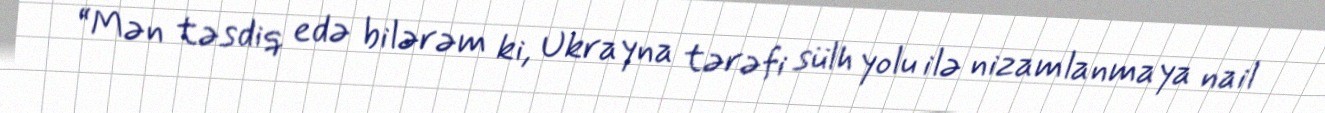
“Mən təsdiq edə bilərəm ki, Ukrayna tərəfi sülh yolu ilə nizamlanmaya nail